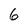
Character: 6